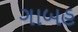
ગાબહ